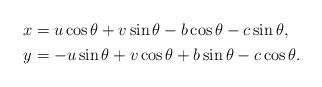
LaTeX: \begin{align*} \begin{aligned} x&=u\cos \theta +v\sin \theta -b\cos \theta -c\sin \theta,\\ y&=-u\sin \theta +v \cos \theta +b\sin \theta -c\cos \theta. \end{aligned} \end{align*}